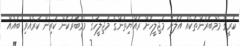
ކުރީގެ މެމްބަރުންތަކެއް އަލުން މަޖިލީހަށް ރައްޔިތުންގެ މަޖިލީހުގެ މެމްބަރުކަން ކުރިން ކުރެއްވި ބައެއް